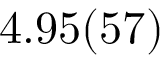
4 . 9 5 ( 5 7 )